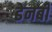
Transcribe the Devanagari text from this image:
डेनबी